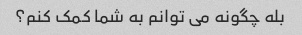
بله چگونه می توانم به شما کمک کنم؟